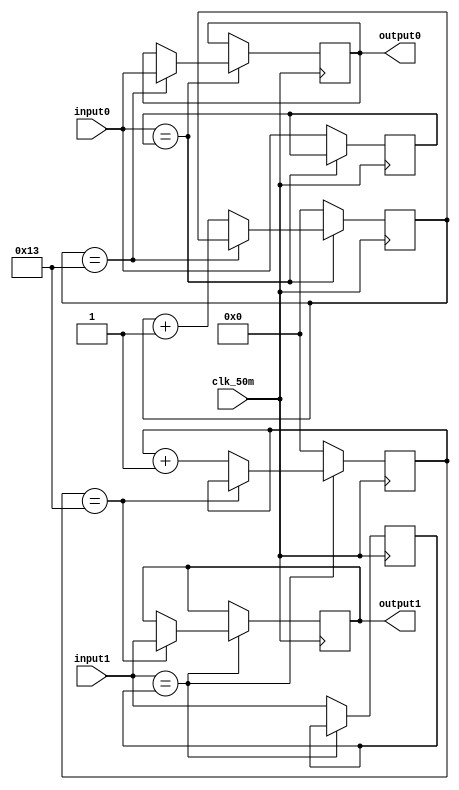
`timescale 1ns / 1ps
//////////////////////////////////////////////////////////////////////////////////
// Company: 
// Engineer: 
// 
// Design Name: 
// Module Name: Debouncer
// Project Name: 
// Target Devices: 
// Tool Versions: 
// Description: 
// 
// Dependencies: 
// 
// Revision:
// Revision 0.01 - File Created
// Additional Comments:
// 
//////////////////////////////////////////////////////////////////////////////////


module Debouncer(
    input clk_50m,
    input input0,
    input input1,
    output reg output0,
    output reg output1
    );
    reg [4:0] cnt0, cnt1;
    reg Iv0 = 0, Iv1 = 0;
    reg out0, out1;
    
    always @(posedge clk_50m)
    begin
        if(input0 == Iv0)
        begin
            if(cnt0 == 19)
                output0 <= input0;
            else
                cnt0 <= cnt0 + 1;
        end
        else
        begin
            cnt0 <= 5'b00000;
            Iv0 <= input0;
        end
        
        if(input1 == Iv1)
        begin
            if(cnt1 == 19)
                output1 <= input1;
            else
                cnt1 <= cnt1 + 1;
        end
        else
        begin
            cnt1 <= 5'b00000;
            Iv1 <= input1;
        end
    end
    
endmodule